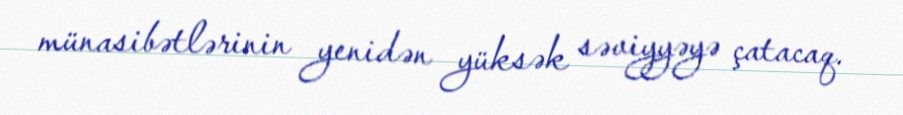
münasibətlərinin yenidən yüksək səviyyəyə çatacaq.